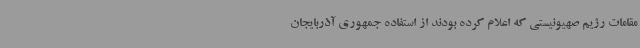
مقامات رژیم صهیونیستی که اعلام کرده بودند از استفاده جمهوری آذربایجان